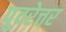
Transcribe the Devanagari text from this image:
पूवरेत्तर